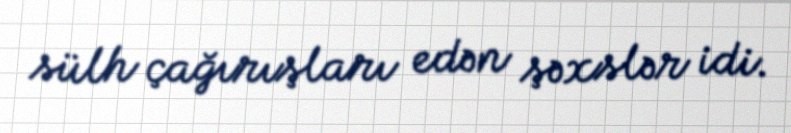
sülh çağırışları edən şəxslər idi.